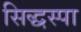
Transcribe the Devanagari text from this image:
सिद्धस्पा